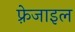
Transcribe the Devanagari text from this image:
फ़्रेजाइल